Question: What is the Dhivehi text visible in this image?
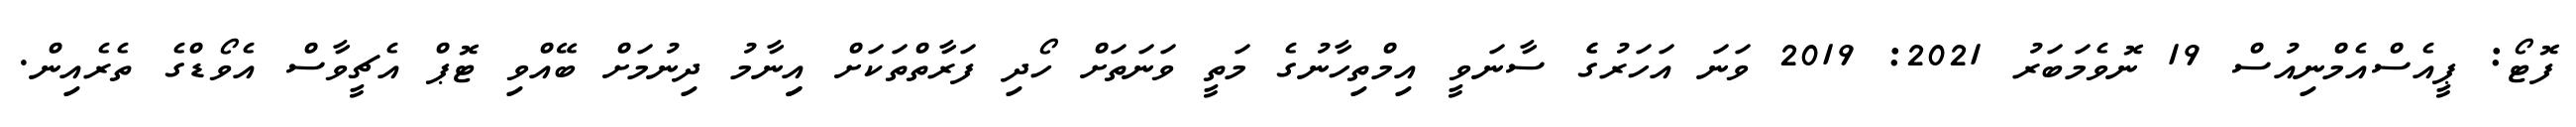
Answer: ފޮޓޯ: ޕީއެސްއެމްނިއުސް 19 ނޮވެމަބަރު 2021: 2019 ވަނަ އަހަރުގެެ ސާނަވީ އިމްތިހާނުގެ މަތީ ވަނަތަށް ހޯދި ފަރާތްތަކަށް އިިނާމު ދިނުމަށް ބޭއްވި ޓޮޕް އެޗީވާސް އެވޯޑްގެ ތެރެއިން.